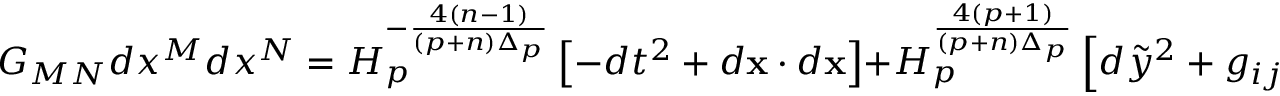
G _ { M N } d x ^ { M } d x ^ { N } = H _ { p } ^ { - { \frac { 4 ( n - 1 ) } { ( p + n ) \Delta _ { p } } } } \left[ - d t ^ { 2 } + d { \bf x } \cdot d { \bf x } \right] + H _ { p } ^ { \frac { 4 ( p + 1 ) } { ( p + n ) \Delta _ { p } } } \left[ d \tilde { y } ^ { 2 } + g _ { i j } d y ^ { i } d y ^ { j } \right] ,